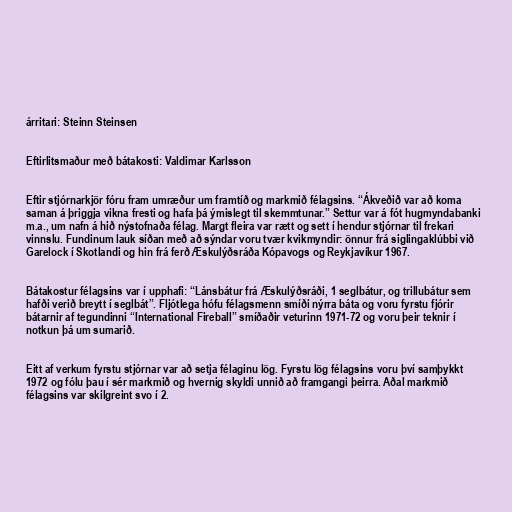
árritari: Steinn Steinsen

Eftirlitsmaður með bátakosti: Valdimar Karlsson

Eftir stjórnarkjör fóru fram umræður um framtíð og markmið félagsins. “Ákveðið var að koma
saman á þriggja vikna fresti og hafa þá ýmislegt til skemmtunar.” Settur var á fót hugmyndabanki
m.a., um nafn á hið nýstofnaða félag. Margt fleira var rætt og sett í hendur stjórnar til frekari
vinnslu. Fundinum lauk síðan með að sýndar voru tvær kvikmyndir: önnur frá siglingaklúbbi við
Garelock í Skotlandi og hin frá ferð Æskulýðsráða Kópavogs og Reykjavíkur 1967.

Bátakostur félagsins var í upphafi: “Lánsbátur frá Æskulýðsráði, 1 seglbátur, og trillubátur sem
hafði verið breytt í seglbát”. Fljótlega hófu félagsmenn smíði nýrra báta og voru fyrstu fjórir
bátarnir af tegundinni “International Fireball” smíðaðir veturinn 1971-72 og voru þeir teknir í
notkun þá um sumarið.

Eitt af verkum fyrstu stjórnar var að setja félaginu lög. Fyrstu lög félagsins voru því samþykkt
1972 og fólu þau í sér markmið og hvernig skyldi unnið að framgangi þeirra. Aðal markmið
félagsins var skilgreint svo í 2.